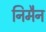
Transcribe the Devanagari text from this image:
निमैन